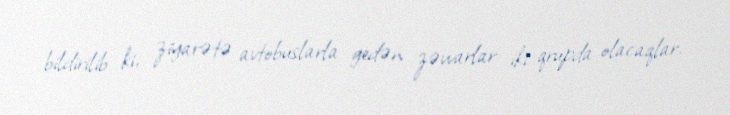
bildirilib ki, ziyarətə avtobuslarla gedən zəvvarlar iki qrupda olacaqlar.